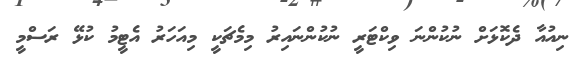
ނިއުއާ ދެކޮޅަށް ނުކުންނަ ވިކްޓަރީ ނުކުންނައިރު މިމެޗަކީ މިއަހަރު އެޓީމު ކުޅޭ ރަސްމީ